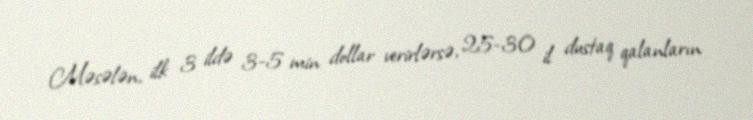
Məsələn, ilk 3 ildə 3-5 min dollar verirlərsə, 25-30 il dustaq qalanların